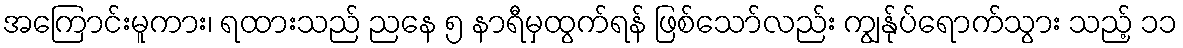
အကြောင်းမူကား၊ ရထားသည် ညနေ ၅ နာရီမှထွက်ရန် ဖြစ်သော်လည်း ကျွန်ုပ်ရောက်သွား သည့် ၁၁